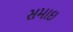
સમાઇ